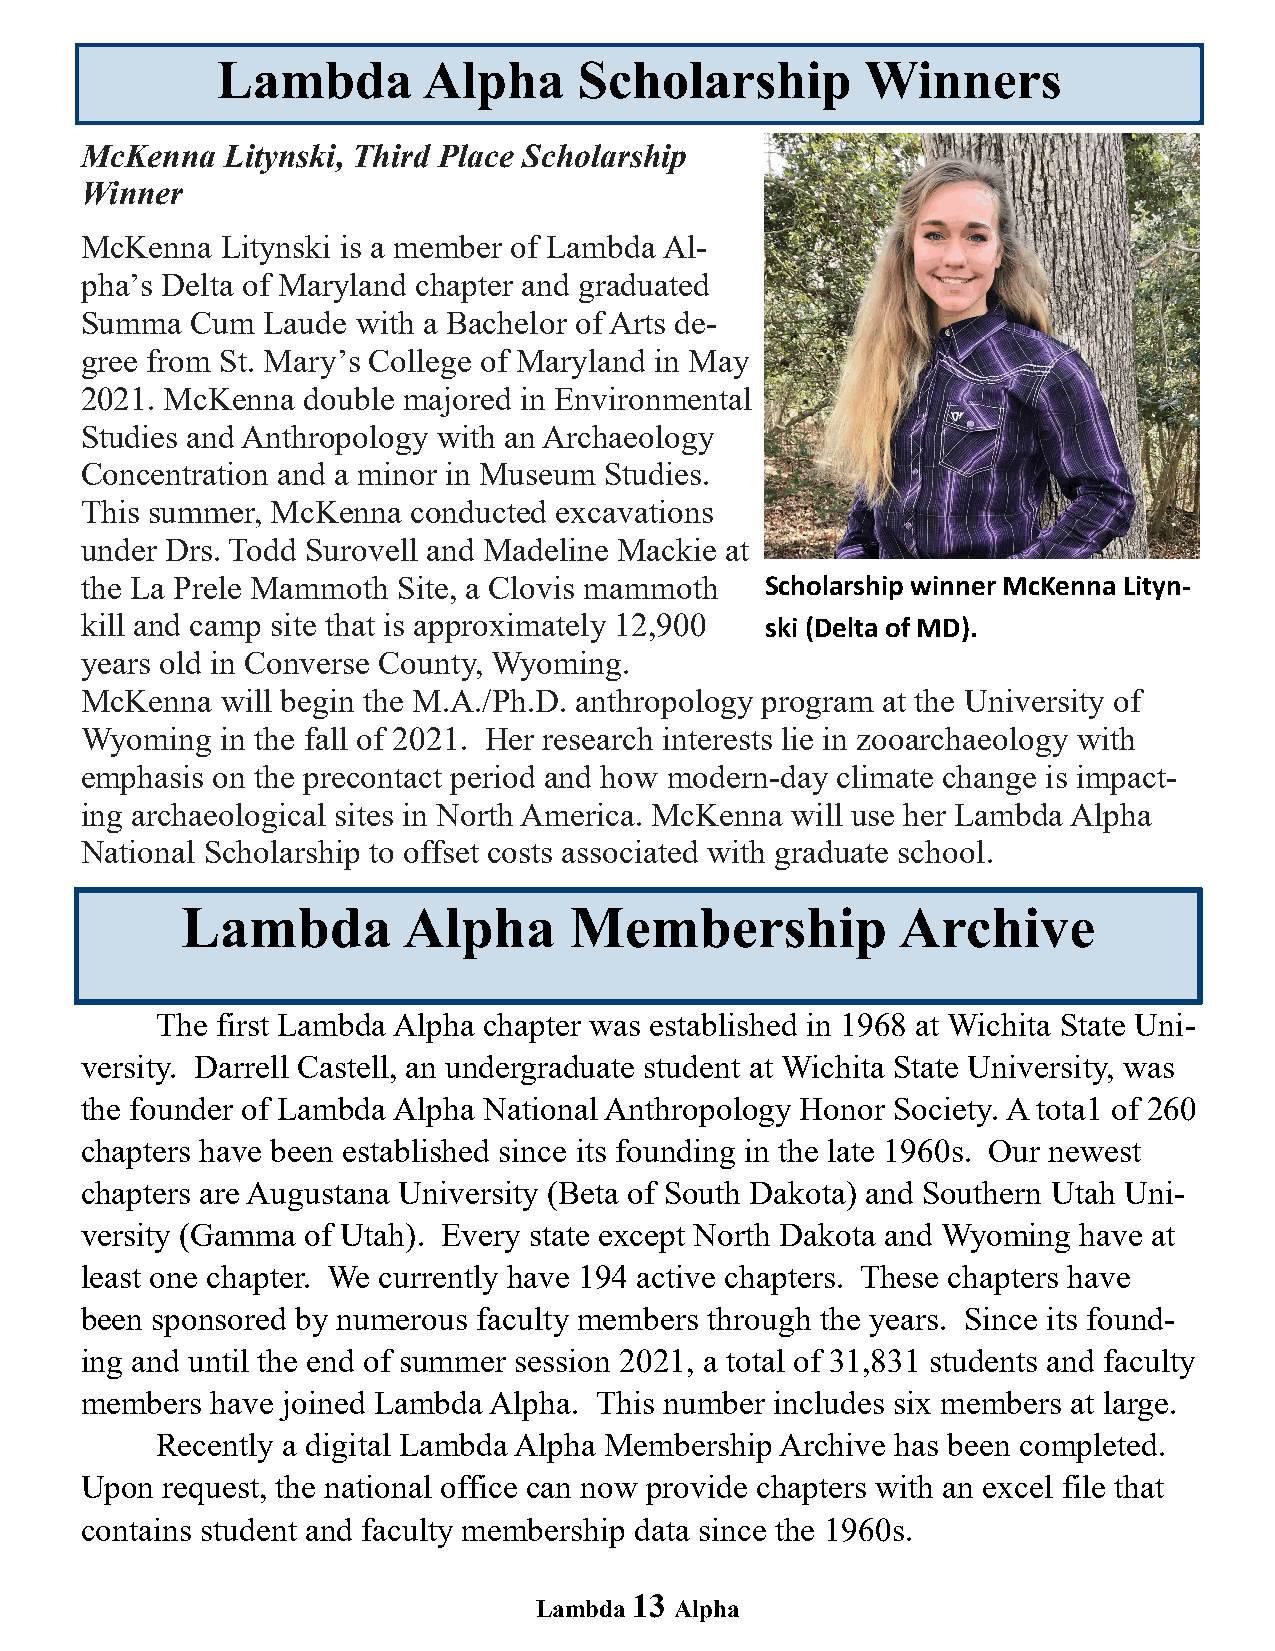
Lambda        Alpha     Scholarship        Winners
 McKenna   Litynski, Third Place Scholarship
 Winner
 McKenna   Litynski is a member of Lambda Al-
 pha’s Delta of Maryland chapter and graduated
 Summa   Cum Laude  with a Bachelor of Arts de-
 gree from St. Mary’s College of Maryland in May
 2021. McKenna  double majored in Environmental
 Studies and Anthropology with an Archaeology
 Concentration and a minor in Museum Studies.
 This summer, McKenna  conducted excavations
 under Drs. Todd Surovell and Madeline Mackie at
 the La Prele Mammoth Site, a Clovis mammoth   Scholarship winner McKenna Lityn-
 kill and camp site that is approximately 12,900 ski (Delta of MD).
 years old in Converse County, Wyoming.
 McKenna   will begin the M.A./Ph.D. anthropology program at the University of
 Wyoming   in the fall of 2021. Her research interests lie in zooarchaeology with
 emphasis on the precontact period and how modern-day climate change is impact-
 ing archaeological sites in North America. McKenna will use her Lambda Alpha
 National Scholarship to offset costs associated with graduate school.
 Lambda         Alpha      Membership            Archive
 The first Lambda Alpha chapter was established in 1968 at Wichita State Uni-
 versity. Darrell Castell, an undergraduate student at Wichita State University, was
 the founder of Lambda Alpha National Anthropology Honor Society. A tota1 of 260
 chapters have been established since its founding in the late 1960s. Our newest
 chapters are Augustana University (Beta of South Dakota) and Southern Utah Uni-
 versity (Gamma of Utah). Every state except North Dakota and Wyoming have at
 least one chapter. We currently have 194 active chapters. These chapters have
 been sponsored by numerous faculty members through the years. Since its found-
 ing and until the end of summer session 2021, a total of 31,831 students and faculty
 members  have joined Lambda Alpha. This number includes six members at large.
 Recently a digital Lambda Alpha Membership Archive has been completed.
 Upon  request, the national office can now provide chapters with an excel file that
 contains student and faculty membership data since the 1960s.
 13
 Lambda    Alpha